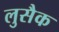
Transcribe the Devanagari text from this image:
लुसैक